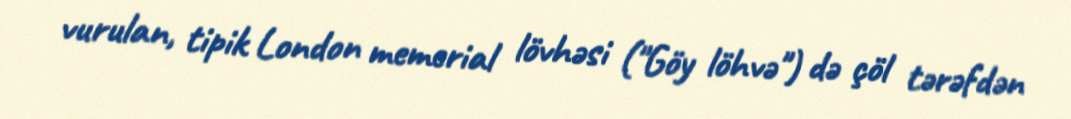
vurulan, tipik London memerial lövhəsi ("Göy löhvə") də çöl tərəfdən